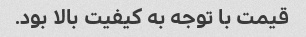
قیمت با توجه به کیفیت بالا بود.